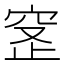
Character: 𬔊